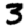
Digit: 3